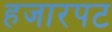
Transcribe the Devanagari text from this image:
हजारपट